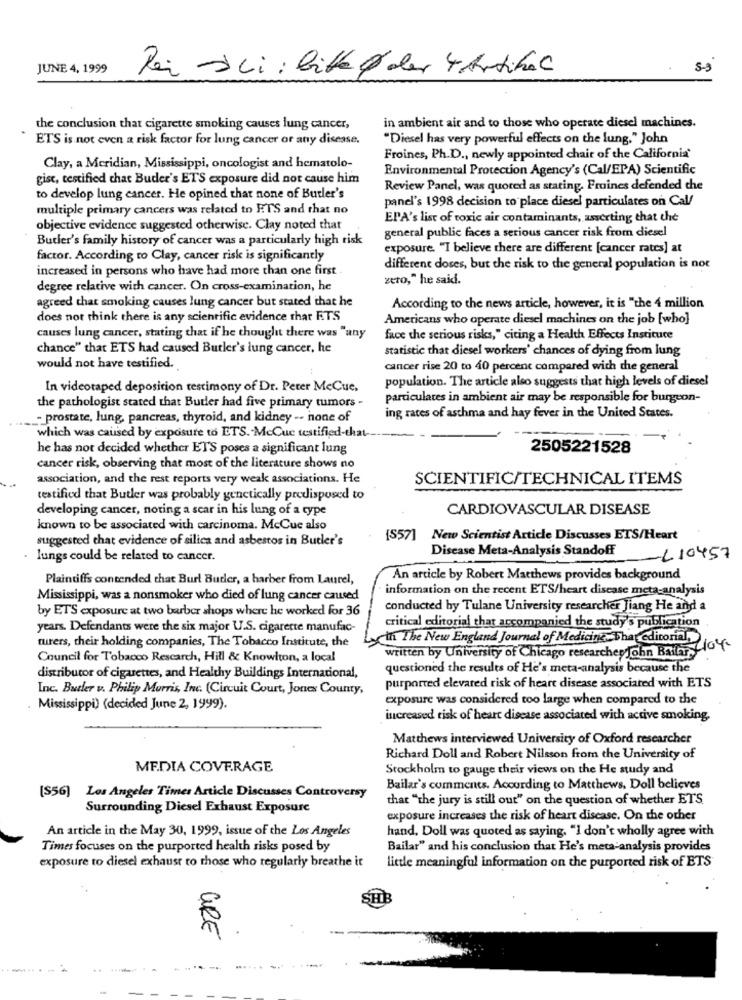
JUNE 4, 1999
Dei ali : bitte der 4 Artikel
5-3
the conclusion that cigarette smoking causes lung cancer,
in ambient air and to those who operate diesel machines.
ETS is not even a risk factor for lung cancer or any disease.
"Diesel has very powerful effects on the lung." John
Froines, Ph.D ., newly appointed chair of the California'
Clay, a Meridian, Mississippi, oncologist and hematolo-
Environmental Protection Agency's (Cal/EPA) Scientific
gisc, testified that Buder's ETS exposure did not cause him
Review Panel, was quoted as stating. Froines defended the
to develop lung cancer. He opined that none of Butler's
panel's 1998 decision to place diesel particulates on Cal/
multiple primary cancers was related to FTS and that no
EPA's list of toxic air contaminants, asserting that the
objective evidence suggested otherwise. Clay noted that
general public faces a serious cancer risk from diesel
Butler's family history of cancer was a particularly high risk
exposure. "I believe there are different [cancer rates] at
factor. According to Clay, cancer risk is significantly
increased in persons who have had more than one first
different doses, but the risk to the general population is not
zero," he said.
degree relative with cancer. On cross-examination, he
agreed that smoking causes lung cancer but stated that he
According to the news article, however, it is "the 4 million
does not think there is any scientific evidence thar ETS
Americans who operate diesel machines on the job [who]
causes lung cancer, stating that if he thought there was "any
face the serious risks," citing a Health Effects Institute
chance" that ETS had caused Butler's lung cancer, he
statistic that diesel workers' chances of dying from lung
would not have testified.
cancer rise 20 to 40 percent compared with the general
population. The article also suggests that high levels of diesel
In videotaped deposition testimony of Dr. Peter McCue,
particulates in ambient air may be responsible for burgeon-
the pathologist stated that Butler had five primary tumors -
ing rates of asthma and hay fever in the United States.
... prostate, lung, pancreas, thyroid, and kidney -. none of
which was caused by exposure to ETS. McCuc testified-that-
he has not decided whether ETS poses a significant lung
2505221528
cancer risk, observing that most of the literature shows no
association, and the rest reports very weak associations. He
SCIENTIFIC/TECHNICAL ITEMS
testified that Butler was probably genetically predisposed to
developing cancer, noting a scar in his lung of a type
CARDIOVASCULAR DISEASE
known to be associated with carcinoma. McCue also
suggested that evidence of silica and asbestos in Butler's
(557] New Scientist Article Discusses ETS/Heart
Disease Meta-Analysis Standoff
lungs could be related to cancer.
-L10457
Plaintiffs contended that Burl Buder, a harber from Laurel,
An article by Robert Matthews provides background
information on the recent ETS/heart disease meta-analysis
Mississippi, was a nonsmoker who died of lung cancer caused
by ETS exposure at two barber shops where he worked for 36
conducted by Tulane University researcher Jiang He and a
critical editorial that accompanied the study's publication
years. Defendants were the six major U.S. cigarette manufac-
turers, their holding companies, The Tobacco Institute, the
th The New England Journal of Medicine, That editorial,
written by University of Chicago researcher John Bailar-04-
Council for Tobacco Rescarch, Hill & Knowlton, a local
questioned the results of He's meta-analysis because the
distributor of cigarettes, and Healthy Buildings International,
Inc. Butler v. Philip Morris, Im. (Circuit Court, Jones County,
purported elevated risk of heart disease associated with ETS
exposure was considered too large when compared to the
Mississippi) (decided June 2, 1999).
increased risk of heart disease associated with active smoking,
Matthews interviewed University of Oxford researcher
Richard Doll and Robert Nilsson from the University of
MEDIA COVERAGE
Stockholm to gauge their views on the He study and
Bailar's comments. According to Matthews. Doll believes
[S56) Los Angeles Times Article Discusses Controversy
that "the jury is still out" on the question of whether ETS.
Surrounding Diesel Exhaust Exposure
exposure increases the risk of heart disease. On the other
An article in the May 30, 1999, issue of the Los Angeles
hand, Doll was quoted as saying. "I don't wholly agree with
Times focuses on the purported health risks posed by
Bailar" and his conclusion that He's meta-analysis provides
exposure to diesel exhaust to those who regularly breathe it
little meaningful information on the purported risk of ETS
SHI
GRE